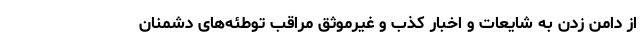
از دامن زدن به شایعات و اخبار کذب و غیرموثق مراقب توطئه‌های دشمنان